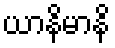
ယာနိမာနိ